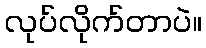
လုပ်လိုက်တာပဲ။